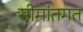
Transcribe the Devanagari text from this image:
सीमांतगत